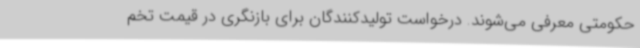
حکومتی معرفی می‌شوند. درخواست تولیدکنندگان برای بازنگری در قیمت تخم